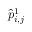
\hat { p } _ { i , j } ^ { 1 }